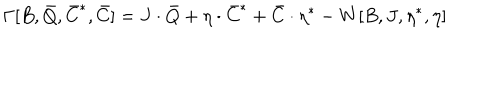
LaTeX: \Gamma [ B , \bar { Q } , \bar { C } ^ { \ast } , \bar { C } ] = J \cdot \bar { Q } + \eta \cdot \bar { C } ^ { \ast } + \bar { C } \cdot \eta ^ { \ast } - W [ B , J , \eta ^ { \ast } , \eta ]